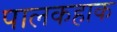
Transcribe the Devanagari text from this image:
पालकहाक